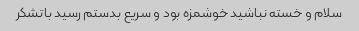
سلام و خسته نباشید خوشمزه بود و سریع بدستم رسید باتشکر